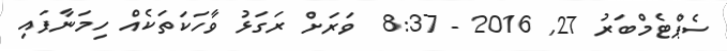
ސެޕްޓެމްބަރު 27